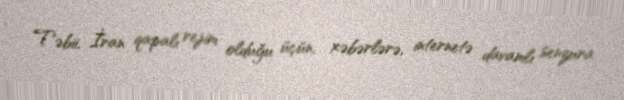
Təbii, İran qapalı rejim olduğu üçün, xəbərlərə, internetə davamlı senzura